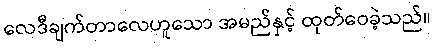
လေဒီချက်တာလေဟူသော အမည်နှင့် ထုတ်ဝေခဲ့သည်။